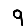
Digit: 9